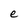
Character: e